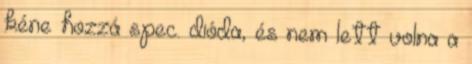
kéne hozzá spec. dióda, és nem lett volna a